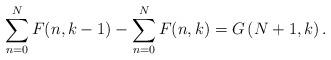
LaTeX: \begin{align*}\sum_{n=0}^{N}F(n,k-1)-\sum_{n=0}^{N}F(n,k)=G\left(N+1,k\right). \end{align*}